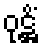
ဝုဋ္ဌိံ